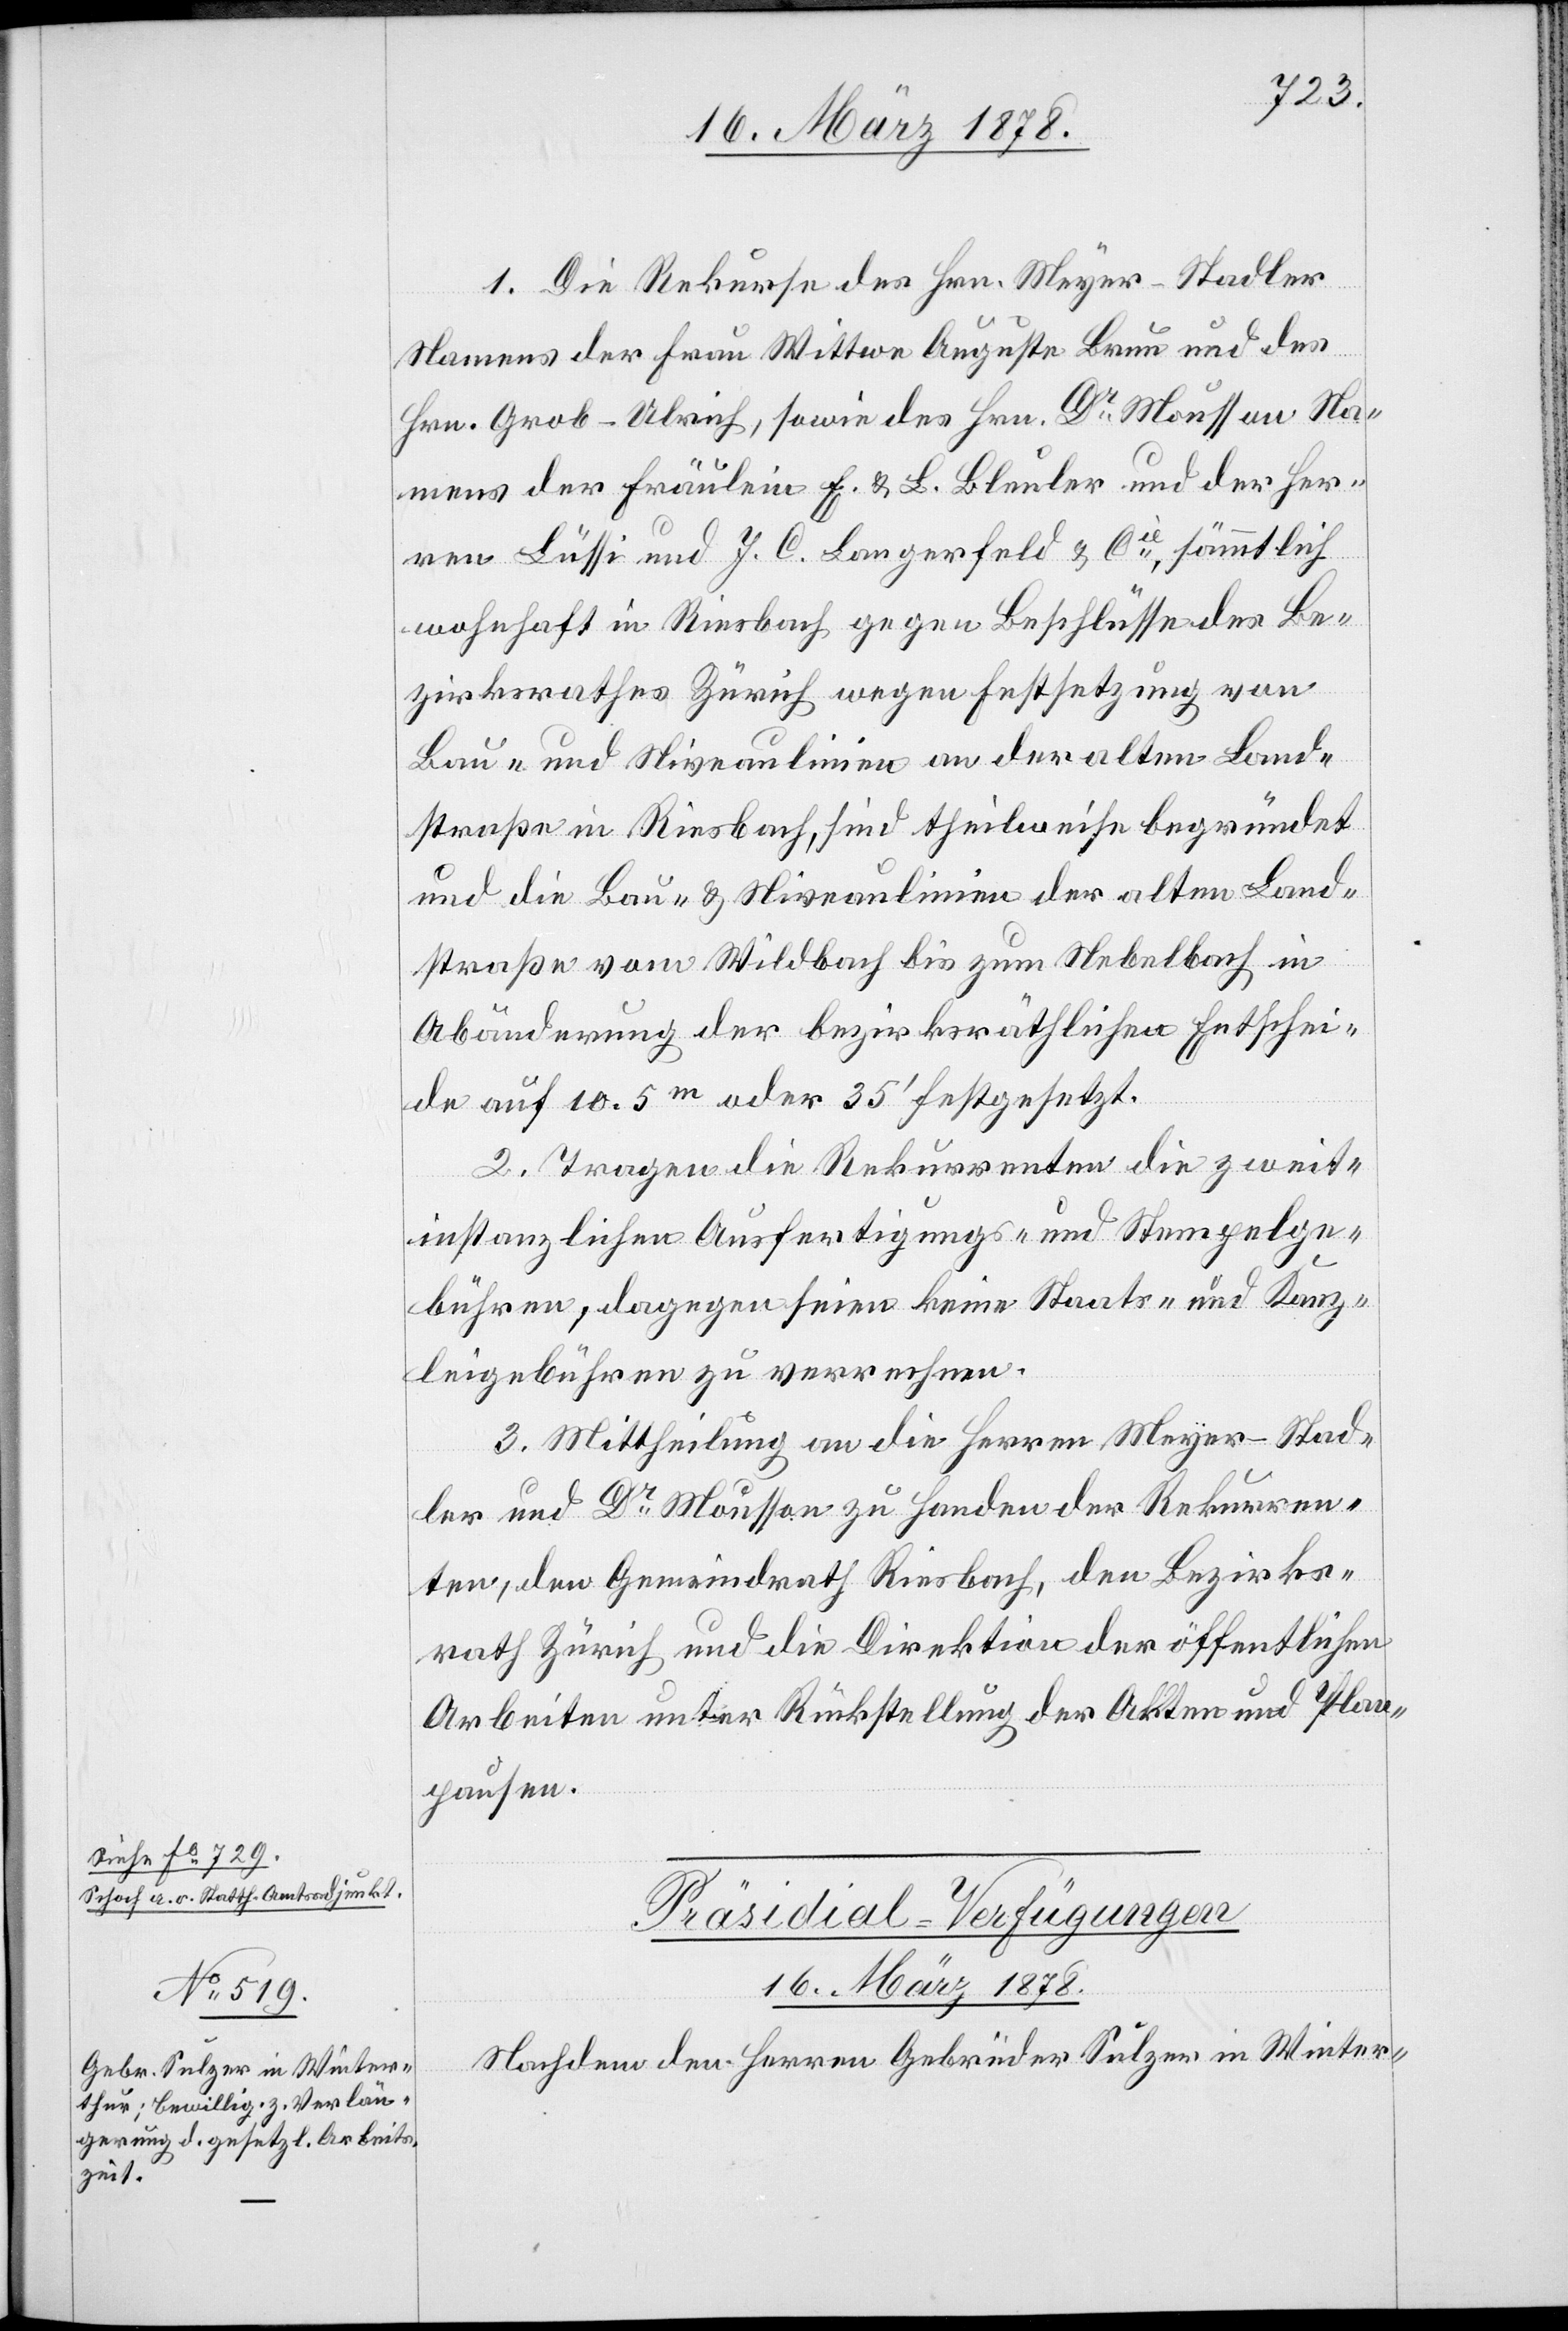
a-Siehe Fo 729.
Schoch a. o. Statth. Amtsadjunkt.

a. o.
1. Die Rekurse des Hrn. Meyer-Stadler
Namens der Frau Wittwe Auguste Brun und des
Hrn. Grob-Ulrich, sowie des Hrn. Dr Mousson Na¬
mens der Fräulein E. & L. Bleuler und der Her¬
ren Lüssi und J. C. Langerfeld & Cie, sämmtlich
wohnhaft in Riesbach gegen Beschlüsse des Be¬
zirksrathes Zürich wegen Festsetzung von
Bau- und Niveaulinien an der alten Land¬
straße in Riesbach, sind theilweise begründet
und die Bau- & Niveaulinien der alten Land¬
straße vom Wildbach bis zum Nebelbach in
Abänderung der bezirksräthlichen Entschei¬
de auf 10.5m oder 35’ festgesetzt.
2. Tragen die Rekurrenten die zweit¬
instanzlichen Ausfertigungs- und Stempelge¬
bühren, dagegen seien keine Staats- und Kanz¬
leigebühren zu verrechnen.
3. Mittheilung an die Herren Meyer-Stad¬
ler und Dr Mousson zu Handen der Rekurren¬
ten, den Gemeindrath Riesbach, den Bezirks¬
rath Zürich und die Direktion der öffentlichen
Arbeiten unter Rückstellung der Akten und Plan¬
pausen.
Präsidial-Verfügungen
16. März 1878.
Nachdem den Herren Gebrüder Sulzer in Winter-